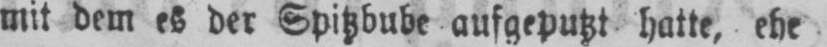
mit dem es der Spitzbube aufgeputzt hatte, ehe